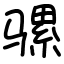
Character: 骡